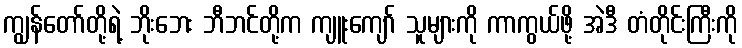
ကျွန်တော်တို့ရဲ့ ဘိုးဘေး ဘီဘင်တို့က ကျူးကျော် သူများကို ကာကွယ်ဖို့ အဲဒီ တံတိုင်းကြီးကို